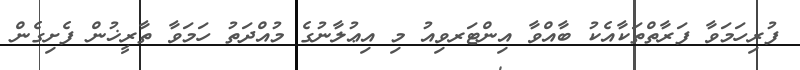
ފުރިހަމަވާ ފަރާތްތަކާއެކު ބާއްވާ އިންޓަރވިއު މި އިޢުލާނުގެ މުއްދަތު ހަމަވާ ތާރީޚުން ފެށިގެން